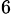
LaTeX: ^6